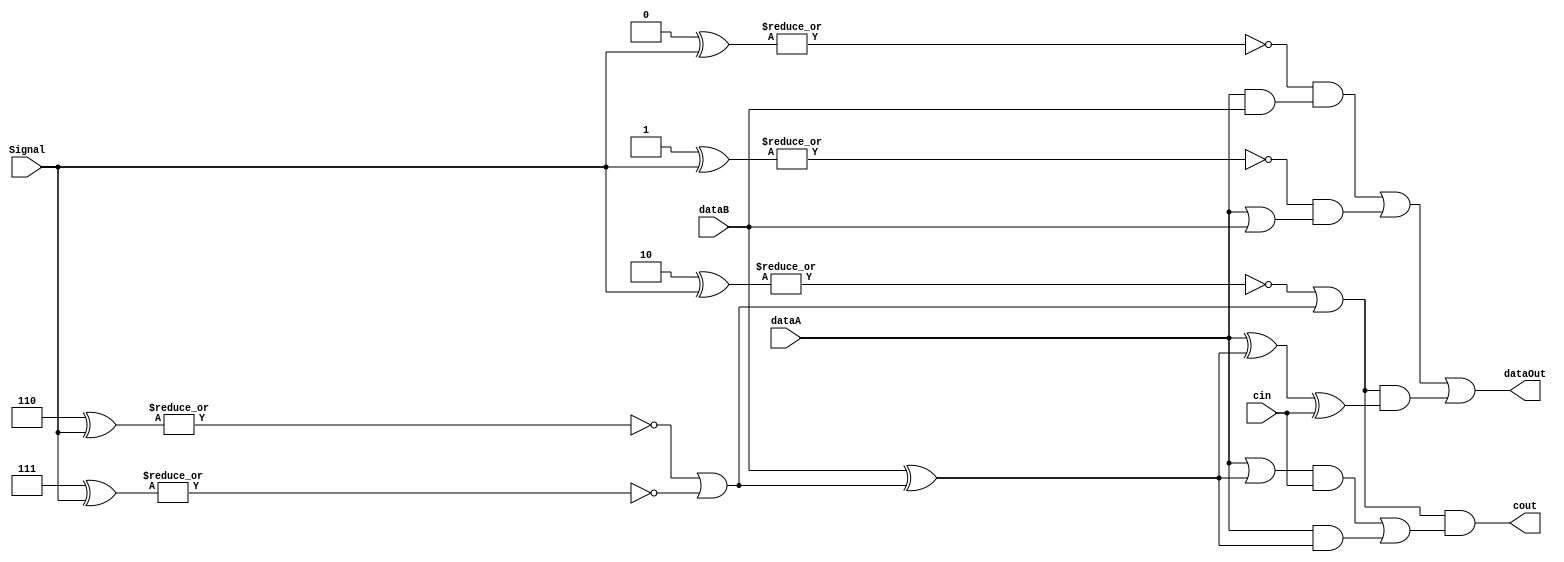
module bitALU( dataA, dataB, Signal, dataOut, cin, cout );

  input dataA, dataB, cin;
  input [2:0]Signal;
  output dataOut;
  output cout;

  parameter AND = 3'b000;
  parameter OR  = 3'b001;
  parameter ADD = 3'b010;
  parameter SUB = 3'b110;
  parameter SLT = 3'b111;

  wire isAND, isOR, isADD_SUB, isSUB;
  wire ansAND, ansOR, ansADD_SUB;
  wire tempDataB;
  assign isAND = ~(|(AND^Signal));
  assign isOR = ~(|(OR^Signal));
  assign isSUB = ~(|(SUB^Signal)) | ~(|(SLT^Signal));
  assign isADD_SUB = ~(|(ADD^Signal)) | isSUB ;
  assign tempDataB = dataB ^ isSUB; // ??? dataB
  
  assign ansAND = ( dataA & dataB );
  assign ansOR = ( dataA | dataB );
  assign ansADD_SUB = dataA ^ tempDataB ^ cin; // ??? ? ? ??
  assign cout = isADD_SUB & ( ( ( dataA | tempDataB ) & cin ) | ( dataA & tempDataB ) ); // ??? ? ? ??
  
  assign dataOut = ( ( isAND & ansAND  ) | ( isOR & ansOR ) | ( isADD_SUB & ansADD_SUB ) );
  
  
endmodule